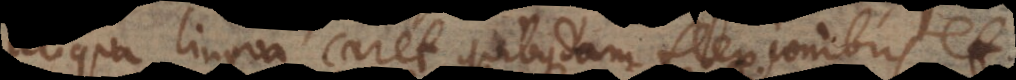
aliqua lingua caret quibusdam flexionibus q